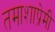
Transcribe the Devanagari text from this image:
तमाशाप्रेमी